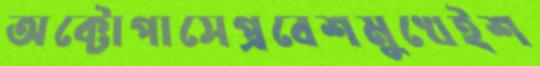
অক্টোপাসেপ্রবেশমুখেইশ